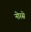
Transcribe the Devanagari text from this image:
नोरसे